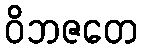
ဝိဘဇတေ